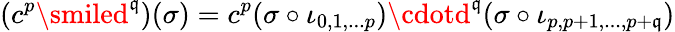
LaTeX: (c^{p}\smiled^{\mathfrak{q}})(\sigma)=c^{p}(\sigma\circ\iota_{0,1,...p})\cdotd^{\mathfrak{q}}(\sigma\circ\iota_{p,p+1,...,p+\mathfrak{q}})